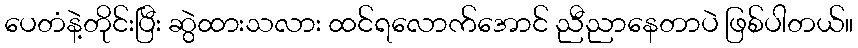
ပေတံနဲ့တိုင်းပြီး ဆွဲထားသလား ထင်ရလောက်အောင် ညီညာနေတာပဲ ဖြစ်ပါတယ်။